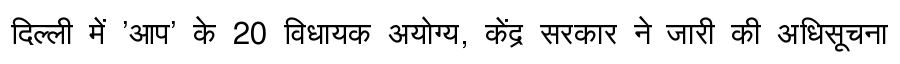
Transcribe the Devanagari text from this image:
दिल्ली में 'आप' के 20 विधायक अयोग्य, केंद्र सरकार ने जारी की अधिसूचना